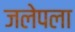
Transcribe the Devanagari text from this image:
जलेपला